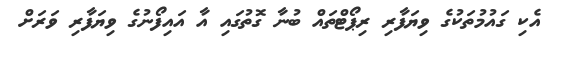
އެކި ގައުމުތަކުގެ ވިޔަަފާރި ރިޕޯޓްތައް ބުނާ ގޮތުގައި އާ އައިފޯނުގެ ވިޔަފާރި ވަރަށް